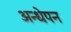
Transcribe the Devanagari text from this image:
अन्धेपन